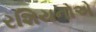
રશિયનોએ